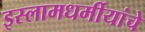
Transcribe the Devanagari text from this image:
इस्लामधर्मीयांचे